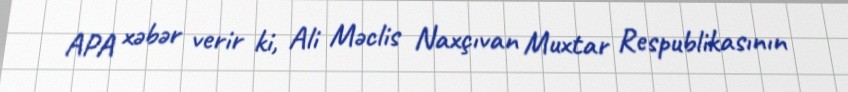
APA xəbər verir ki, Ali Məclis Naxçıvan Muxtar Respublikasının